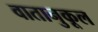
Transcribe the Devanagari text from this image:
वातानुकूल